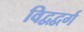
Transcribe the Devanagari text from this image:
विद्वद्वर्ग